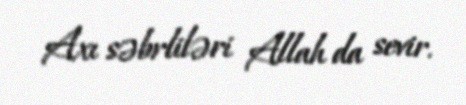
Axı səbrliləri Allah da sevir.